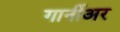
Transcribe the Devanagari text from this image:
गार्नीअर